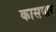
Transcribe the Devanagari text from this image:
कासगार